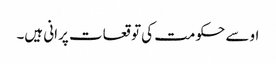
او سے حکومت کی توقعات پرانی ہیں۔